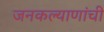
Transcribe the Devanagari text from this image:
जनकल्याणांची